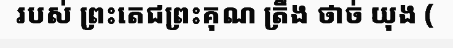
របស់ ព្រះតេជព្រះគុណ ត្រឹង ថាច់ យុង (